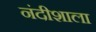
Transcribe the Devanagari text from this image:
नंदीशाला